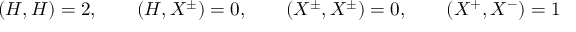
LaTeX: ( H , H ) = 2 , \qquad ( H , X ^ { \pm } ) = 0 , \qquad ( X ^ { \pm } , X ^ { \pm } ) = 0 , \qquad ( X ^ { + } , X ^ { - } ) = 1